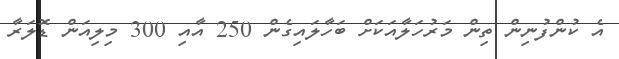
އެ ކުންފުނިން ތިން މަރުހަލާއަކަށް ބަހާލައިގެން 250 އާއި 300 މިލިއަން ޑޮލަރާ